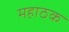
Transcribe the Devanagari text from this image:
महाठक